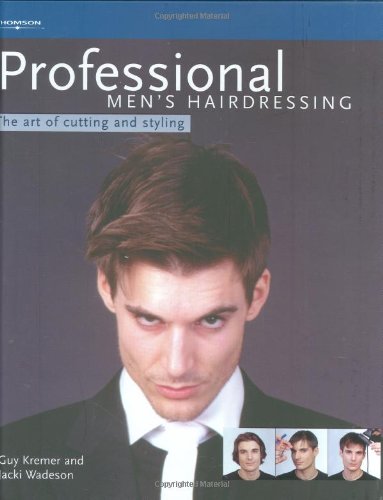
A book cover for Professional Men's Hairdressing: The Art of Cutting and Styling (Hairdressing and Beauty Industry Authority); Guy Kremer; Health, Fitness & Dieting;